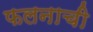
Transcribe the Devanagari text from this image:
फलनाची